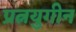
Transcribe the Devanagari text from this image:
प्रत्नयुगीन